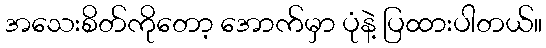
အသေးစိတ်ကိုတော့ အောက်မှာ ပုံနဲ့ ပြထားပါတယ်။